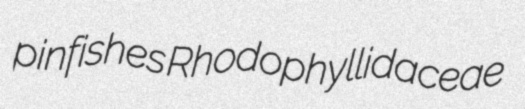
pinfishes Rhodophyllidaceae